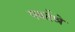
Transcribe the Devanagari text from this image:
पवर्तश्रे